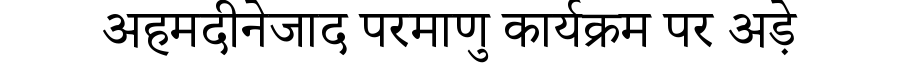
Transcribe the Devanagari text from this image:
अहमदीनेजाद परमाणु कार्यक्रम पर अड़े